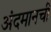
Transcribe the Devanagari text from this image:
अंदमानची